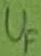
Text: UF